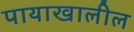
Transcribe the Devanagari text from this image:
पायाखालील